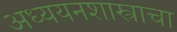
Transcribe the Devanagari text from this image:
अध्ययनशास्त्राचा